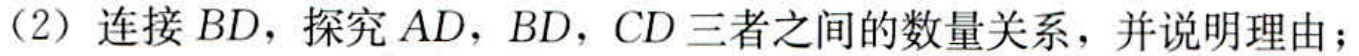
（2）连接 \(BD\)，探究 \(AD\)，\(BD\)，\(CD\) 三者之间的数量关系，并说明理由；